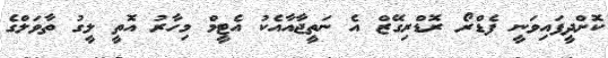
ކޮށްދީފައިވަނީ ފެޑްރޯ ރޮޑްރިގޭޒް އެ ނަތީޖާއާއެކު އެޓީމް މިހާރު އޮތީ ލީގު ތާވަލްގެ